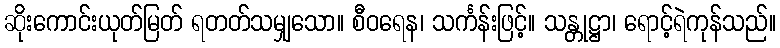
ဆိုးကောင်းယုတ်မြတ် ရတတ်သမျှသော။ စီဝရေန၊ သင်္ကန်းဖြင့်။ သန္တုဋ္ဌာ၊ ရောင့်ရဲကုန်သည်။